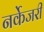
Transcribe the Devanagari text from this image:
नर्केजरी